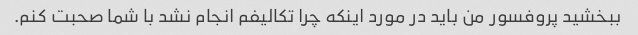
ببخشید پروفسور من باید در مورد اینکه چرا تکالیفم انجام نشد با شما صحبت کنم.